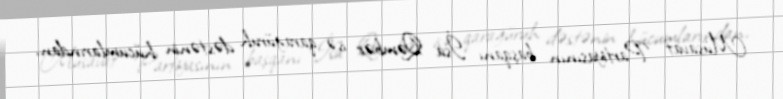
Müsavat Partiyasının başqanı İsa Qəmbər isə qaragüruh dəstənin hücumlarından,